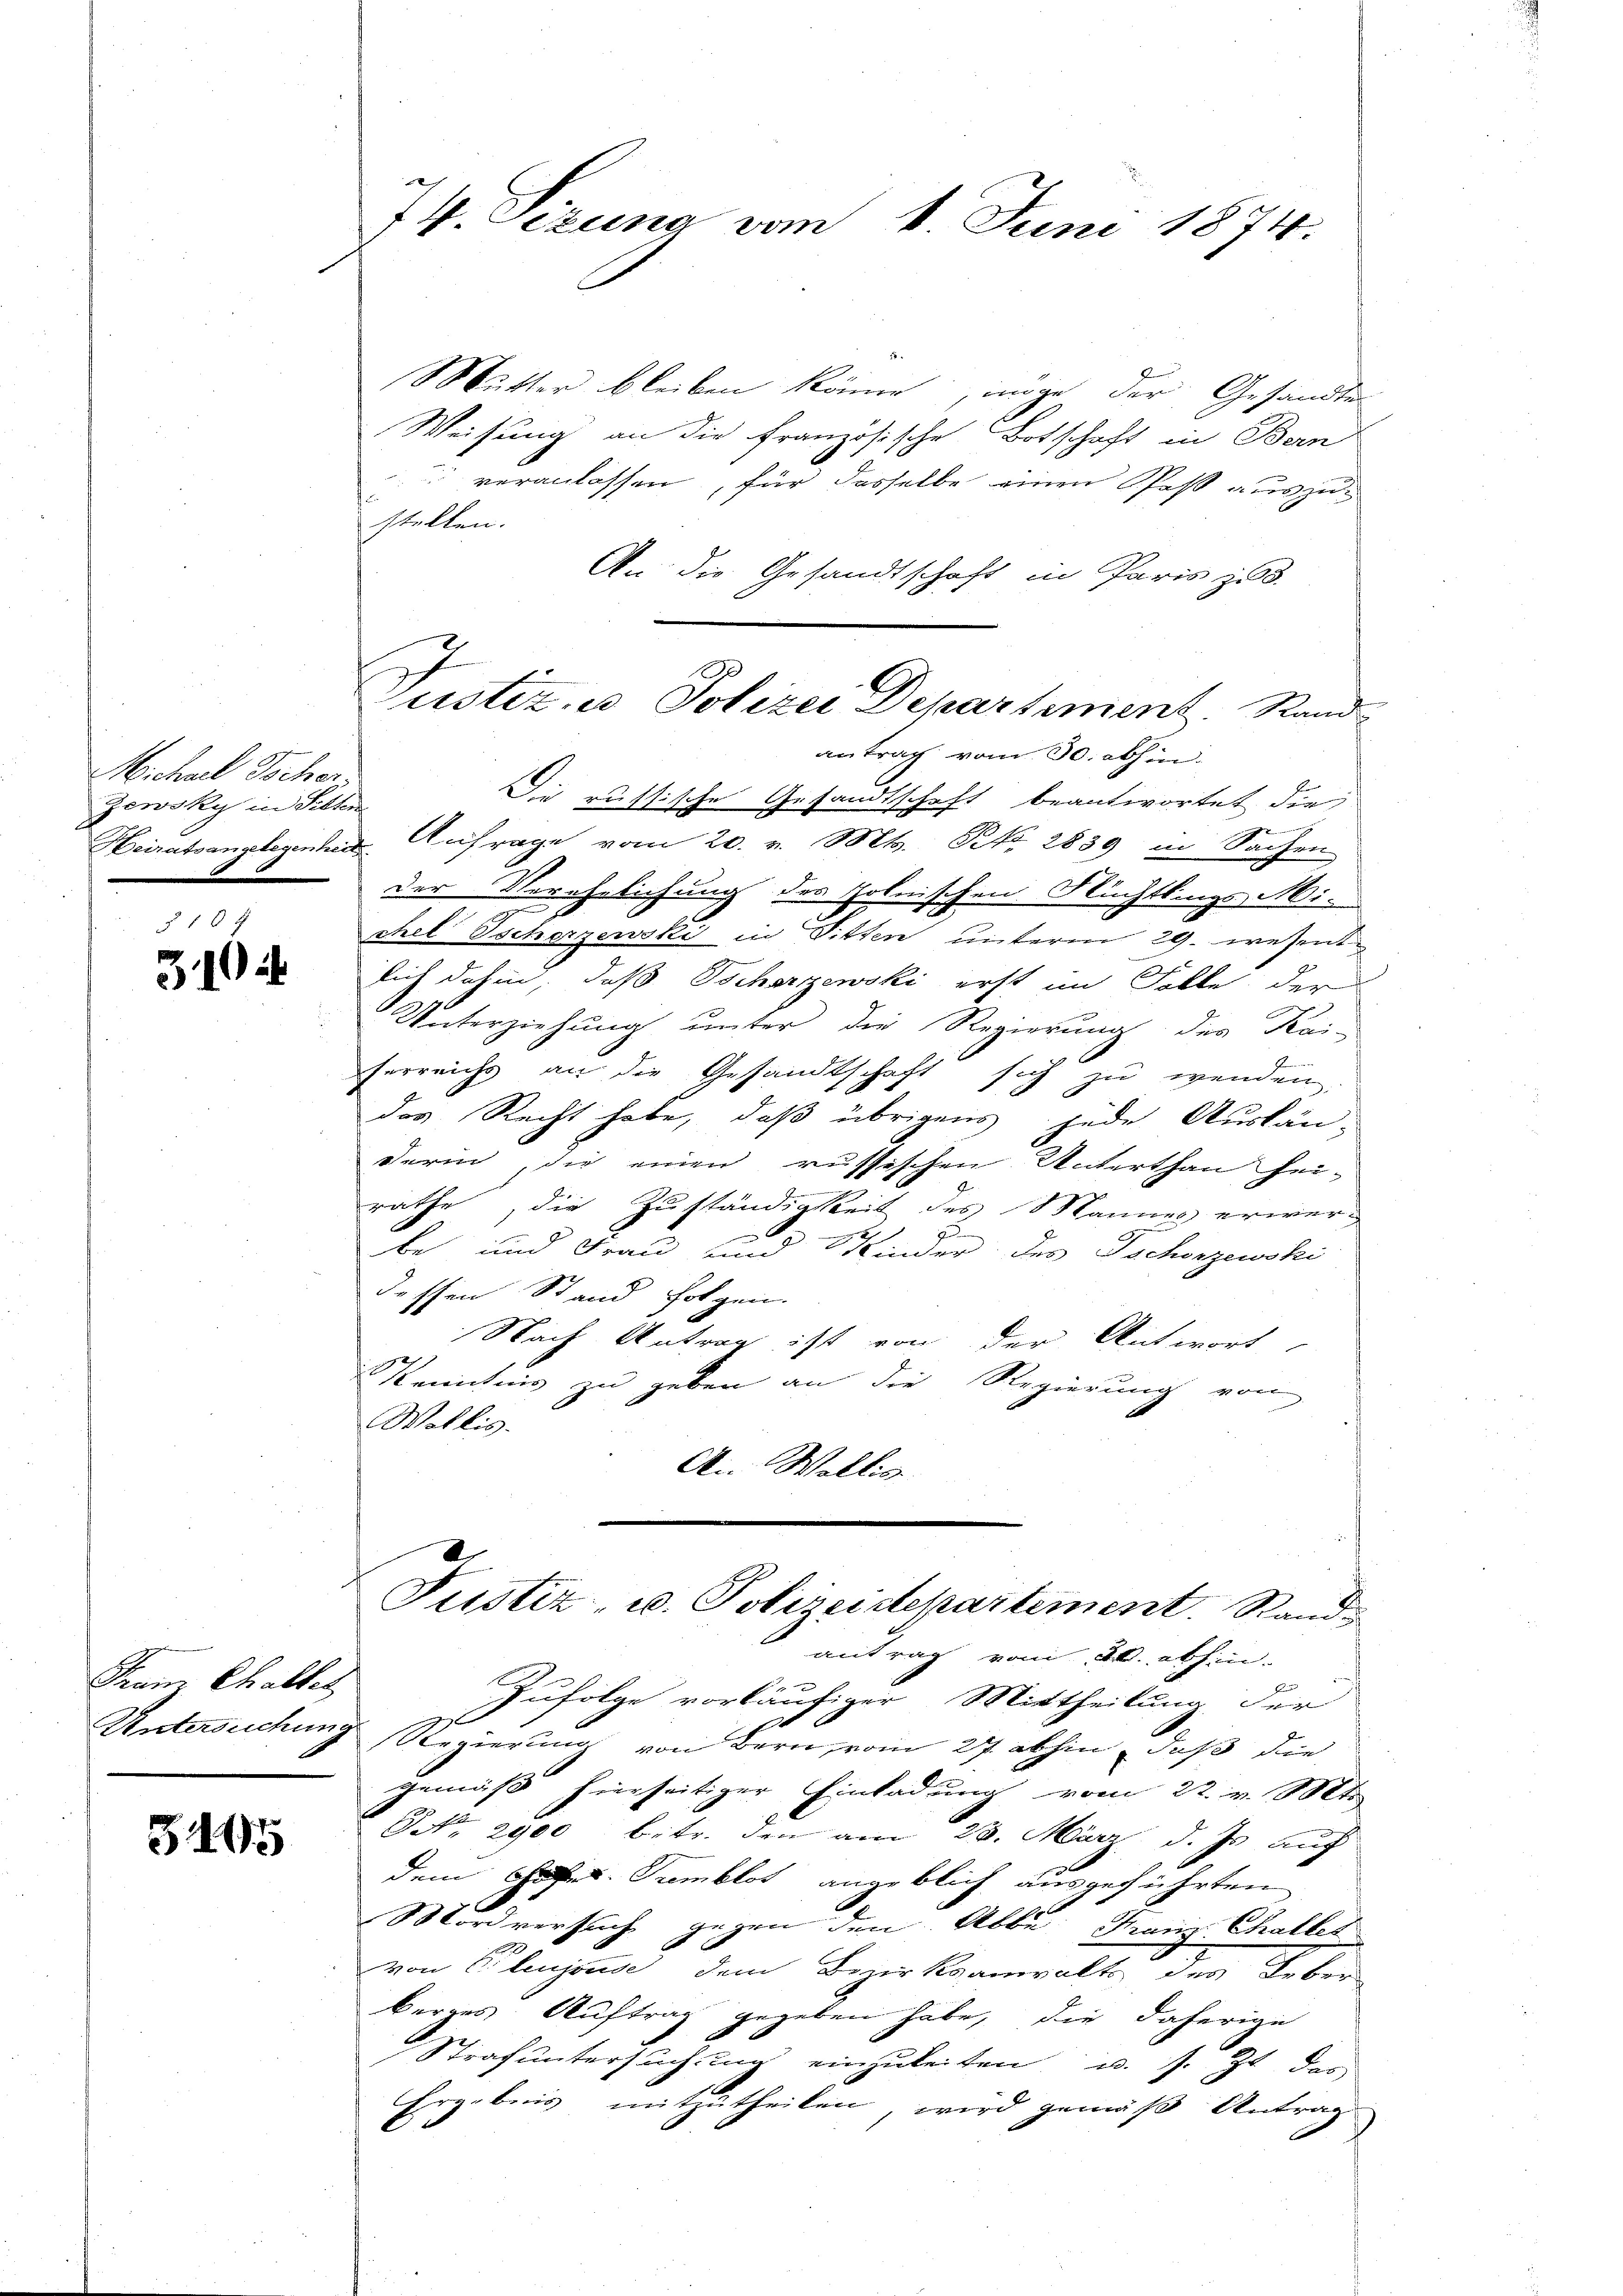
Michael Tscher
Zewsky in Selten

5464

Franz Chaltet

5445

74. Sizung vom 1. Juni 1874.

Mutter bleiben könne, möge der Gesandten
Weisung an die französische Botschaft in Bern
 veranlassen, für dasselbe einen Paß auszustellen.
An die Gesandtschaft in Paris zu.
antrag vom 30. abhin
Die russische Gesandtschaft beantwortet die
Heiratsangelegenheit Anfrage vom 20. v. Mts. N. 2839 in Sachen
der Verehelichung des polnischen Nüchtlings Michel Ischerzewski in Sitten unterm 29. wesent
lich dahin, daß Tscherzewski erst im Falle der
Unterziehung unter die Regierung des Kai-
serreichs an die Gesandtschaft sich zu wenden,
das Recht habe, daß übrigens jede Auslän-
darin, die einen russischen Unterthan hei-
rathe, die Zuständigkeit des Mannes erwer¬
7
be und Frau und Kinder des Tschonzewski
dessen Stand folgen.
Nach Antrag ist von der Antwort
2
Kenntnis zu geben an die Regierung von
Wollis.
An Wallis
Justiz- u. Polizeidepartement. Sand
antrag vom 20. abhin.
Zufolge vorläufiger Mittheilung der
Untersuchung Regierung von Bern, vom 27. abhin, daß die
gemäß hierseitiger Einladung vom 22. v. Mts
NNo. 2900 betr. den am 23. März d. Js. auf
dem Hoher Tumblos angeblich ausgeführten
Mordversuch gegen den Abbe Franz Challet
von Pleujoude dem Bezirksanwalts des Leber
borges Auftrag gegeben habe, die daherige
Strafuntersuchung einzuleiten u. s. Zt. des
Ergebnis mitzutheilen, wird gemäß Antrag
C

Justiz- u Polizei Departement. Stand